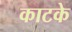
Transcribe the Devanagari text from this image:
काटके